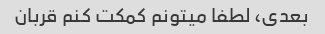
بعدی، لطفا میتونم کمکت کنم قربان